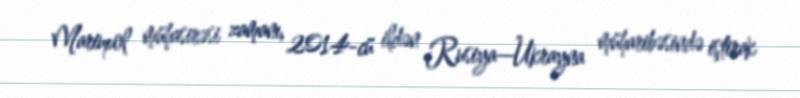
Mariupol mühasirəsi zamanı, 2014-cü ildən Rusiya—Ukrayna müharibəsində iştirak